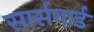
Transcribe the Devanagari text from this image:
सार्सगार्ड